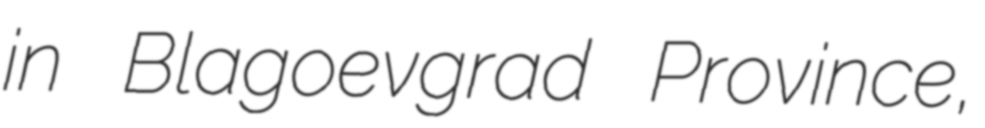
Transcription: in Blagoevgrad Province,